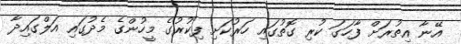
އޭނާ އިތުރަށް ފާހަގަ ކުރި ގޮތުގައި ހަރުކަށި ފިކުރުގެ މީހުންގެ މެދުގައި އަލްގައިދާ